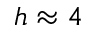
h \approx 4